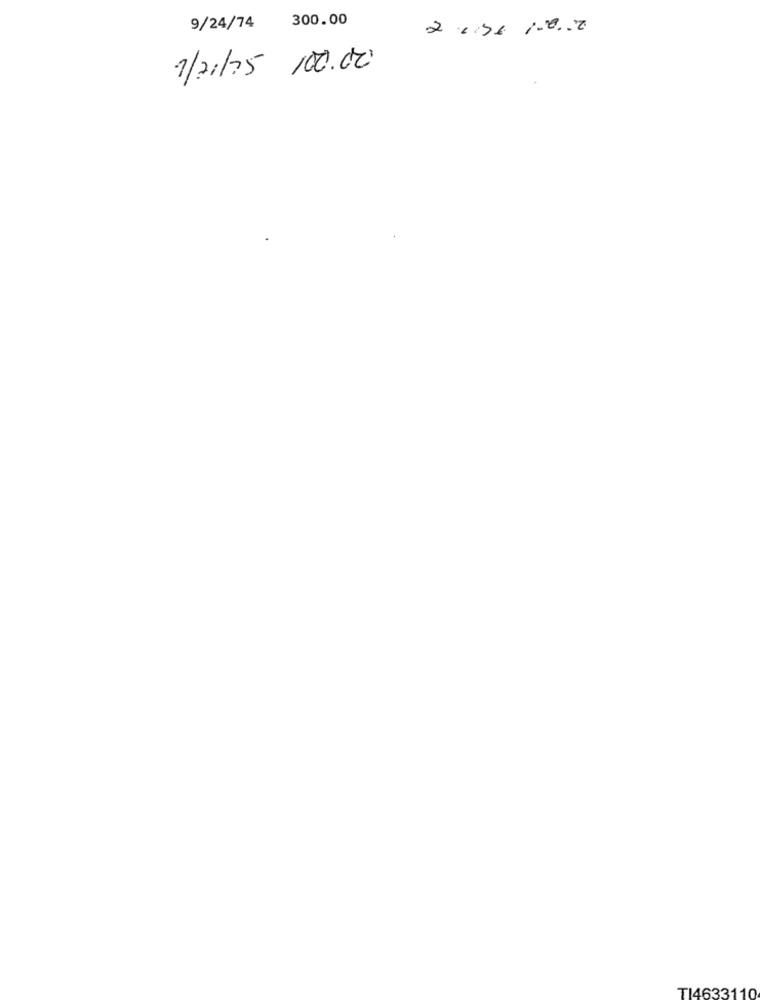
300.00
9/24/74
1/21/75 100.000
TI4633110